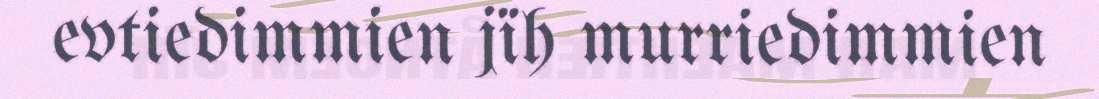
evtiedimmien jïh murriedimmien